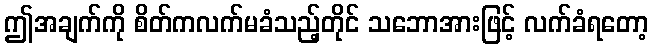
ဤအချက်ကို စိတ်ကလက်မခံသည့်တိုင် သဘောအားဖြင့် လက်ခံရတော့